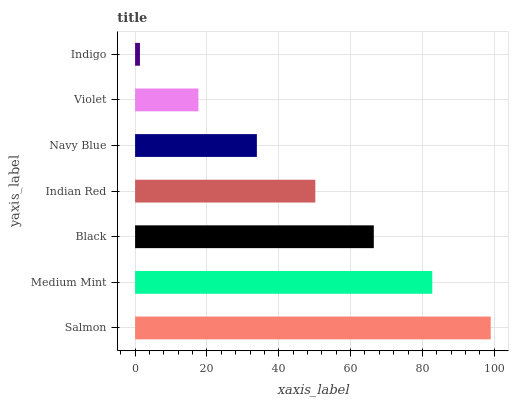
| yaxis_label | bars |
 | --- | --- |
 | Salmon | 99 |
 | Medium Mint | 82.7 |
 | Black | 66.5 |
 | Indian Red | 50.2 |
 | Navy Blue | 33.9 |
 | Violet | 17.6 |
 | Indigo | 1.35 |